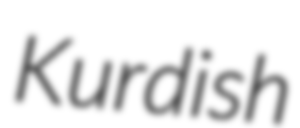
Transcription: Kurdish